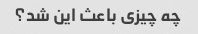
چه چیزی باعث این شد؟